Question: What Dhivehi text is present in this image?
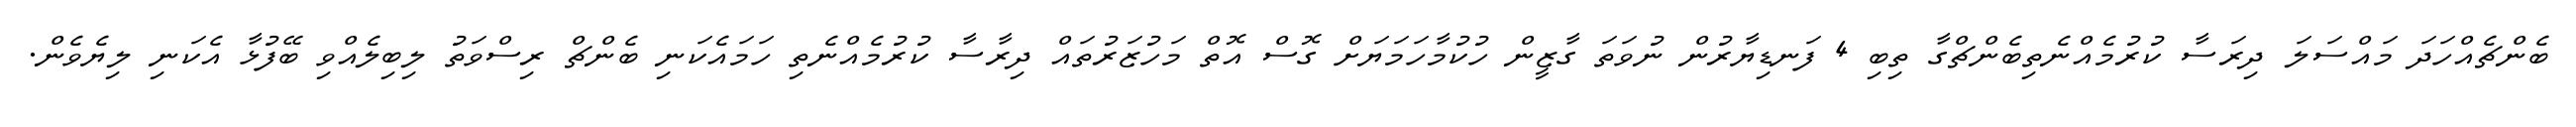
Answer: ބެންޗެއްހަދަ މައްސަލަ ދިރަސާ ކުރުމެއްނެތިބެންޗްގާ ތިބި 4 ފަނޑިޔާރުން ނުވަތަ ގާޒީން ހުކުމާހަމަޔަށް ގޮސް އޮތް މަހުޒަރުތައް ދިރާސާ ކުރުމެއްނެތި ހަމައެކަނި ބެންޗް ރިސްވަތު ލިބިލެއްވި ބޭފުޅާ އެކަނި ލިޔެވެން.